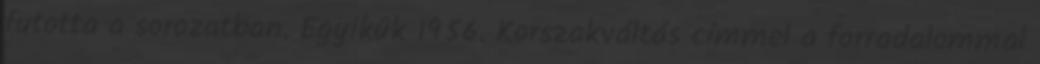
futotta a sorozatban. Egyikük 1956. Korszakváltás címmel a forradalommal